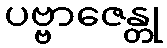
ပဗ္ဗာဇေန္တု